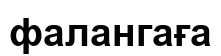
фалангаға